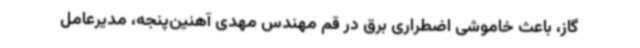
گاز، باعث خاموشی اضطراری برق در قم مهندس مهدی آهنین‌پنجه، مدیرعامل